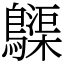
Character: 𪆫